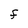
Character: f